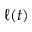
\ell ( t )